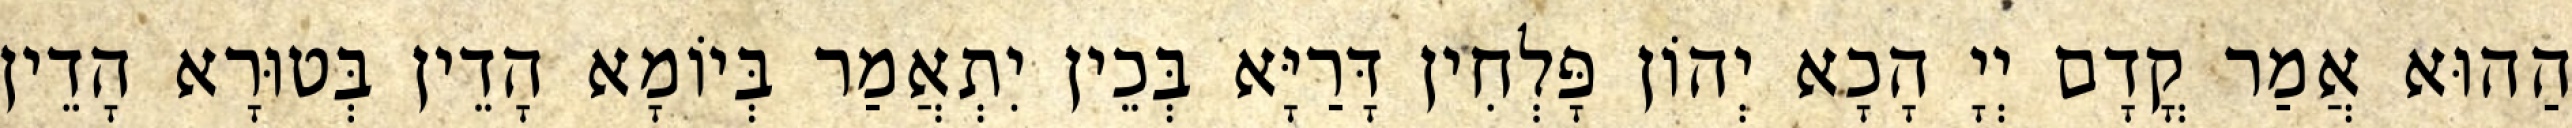
הַהוּא אֲמַר קֳדָם יְיָ הָכָא יְהוֹן פָּלְחִין דָּרַיָּא בְּכֵין יִתְאֲמַר בְּיוֹמָא הָדֵין בְּטוּרָא הָדֵין